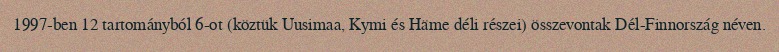
1997-ben 12 tartományból 6-ot (köztük Uusimaa, Kymi és Häme déli részei) összevontak Dél-Finnország néven.